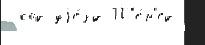
 код уjе́зд П'е́р'ед